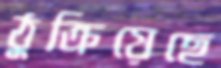
ঠুক্‌রিয়েছে